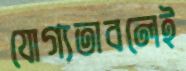
যোগ্যতাবলেই